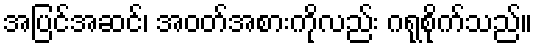
အပြင်အဆင်၊ အဝတ်အစားကိုလည်း ဂရုစိုက်သည်။